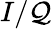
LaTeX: I/\mathcal{Q}